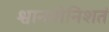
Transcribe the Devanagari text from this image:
श्वानयोनिशतं